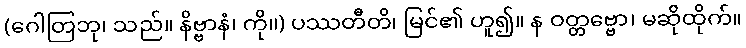
(ဂေါတြဘု၊ သည်။ နိဗ္ဗာနံ၊ ကို။) ပဿတီတိ၊ မြင်၏ ဟူ၍။ န ဝတ္တဗ္ဗော၊ မဆိုထိုက်။